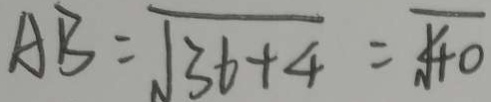
A B = \sqrt { 3 6 + 4 } = \sqrt { 4 0 }